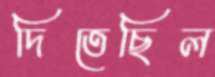
দিতেছিল